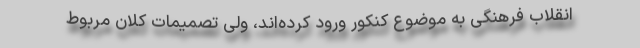
انقلاب فرهنگی به موضوع کنکور ورود کرده‌اند، ولی تصمیمات کلان مربوط